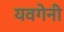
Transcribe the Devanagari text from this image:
यवगेनी